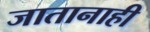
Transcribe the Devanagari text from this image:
जातानाही